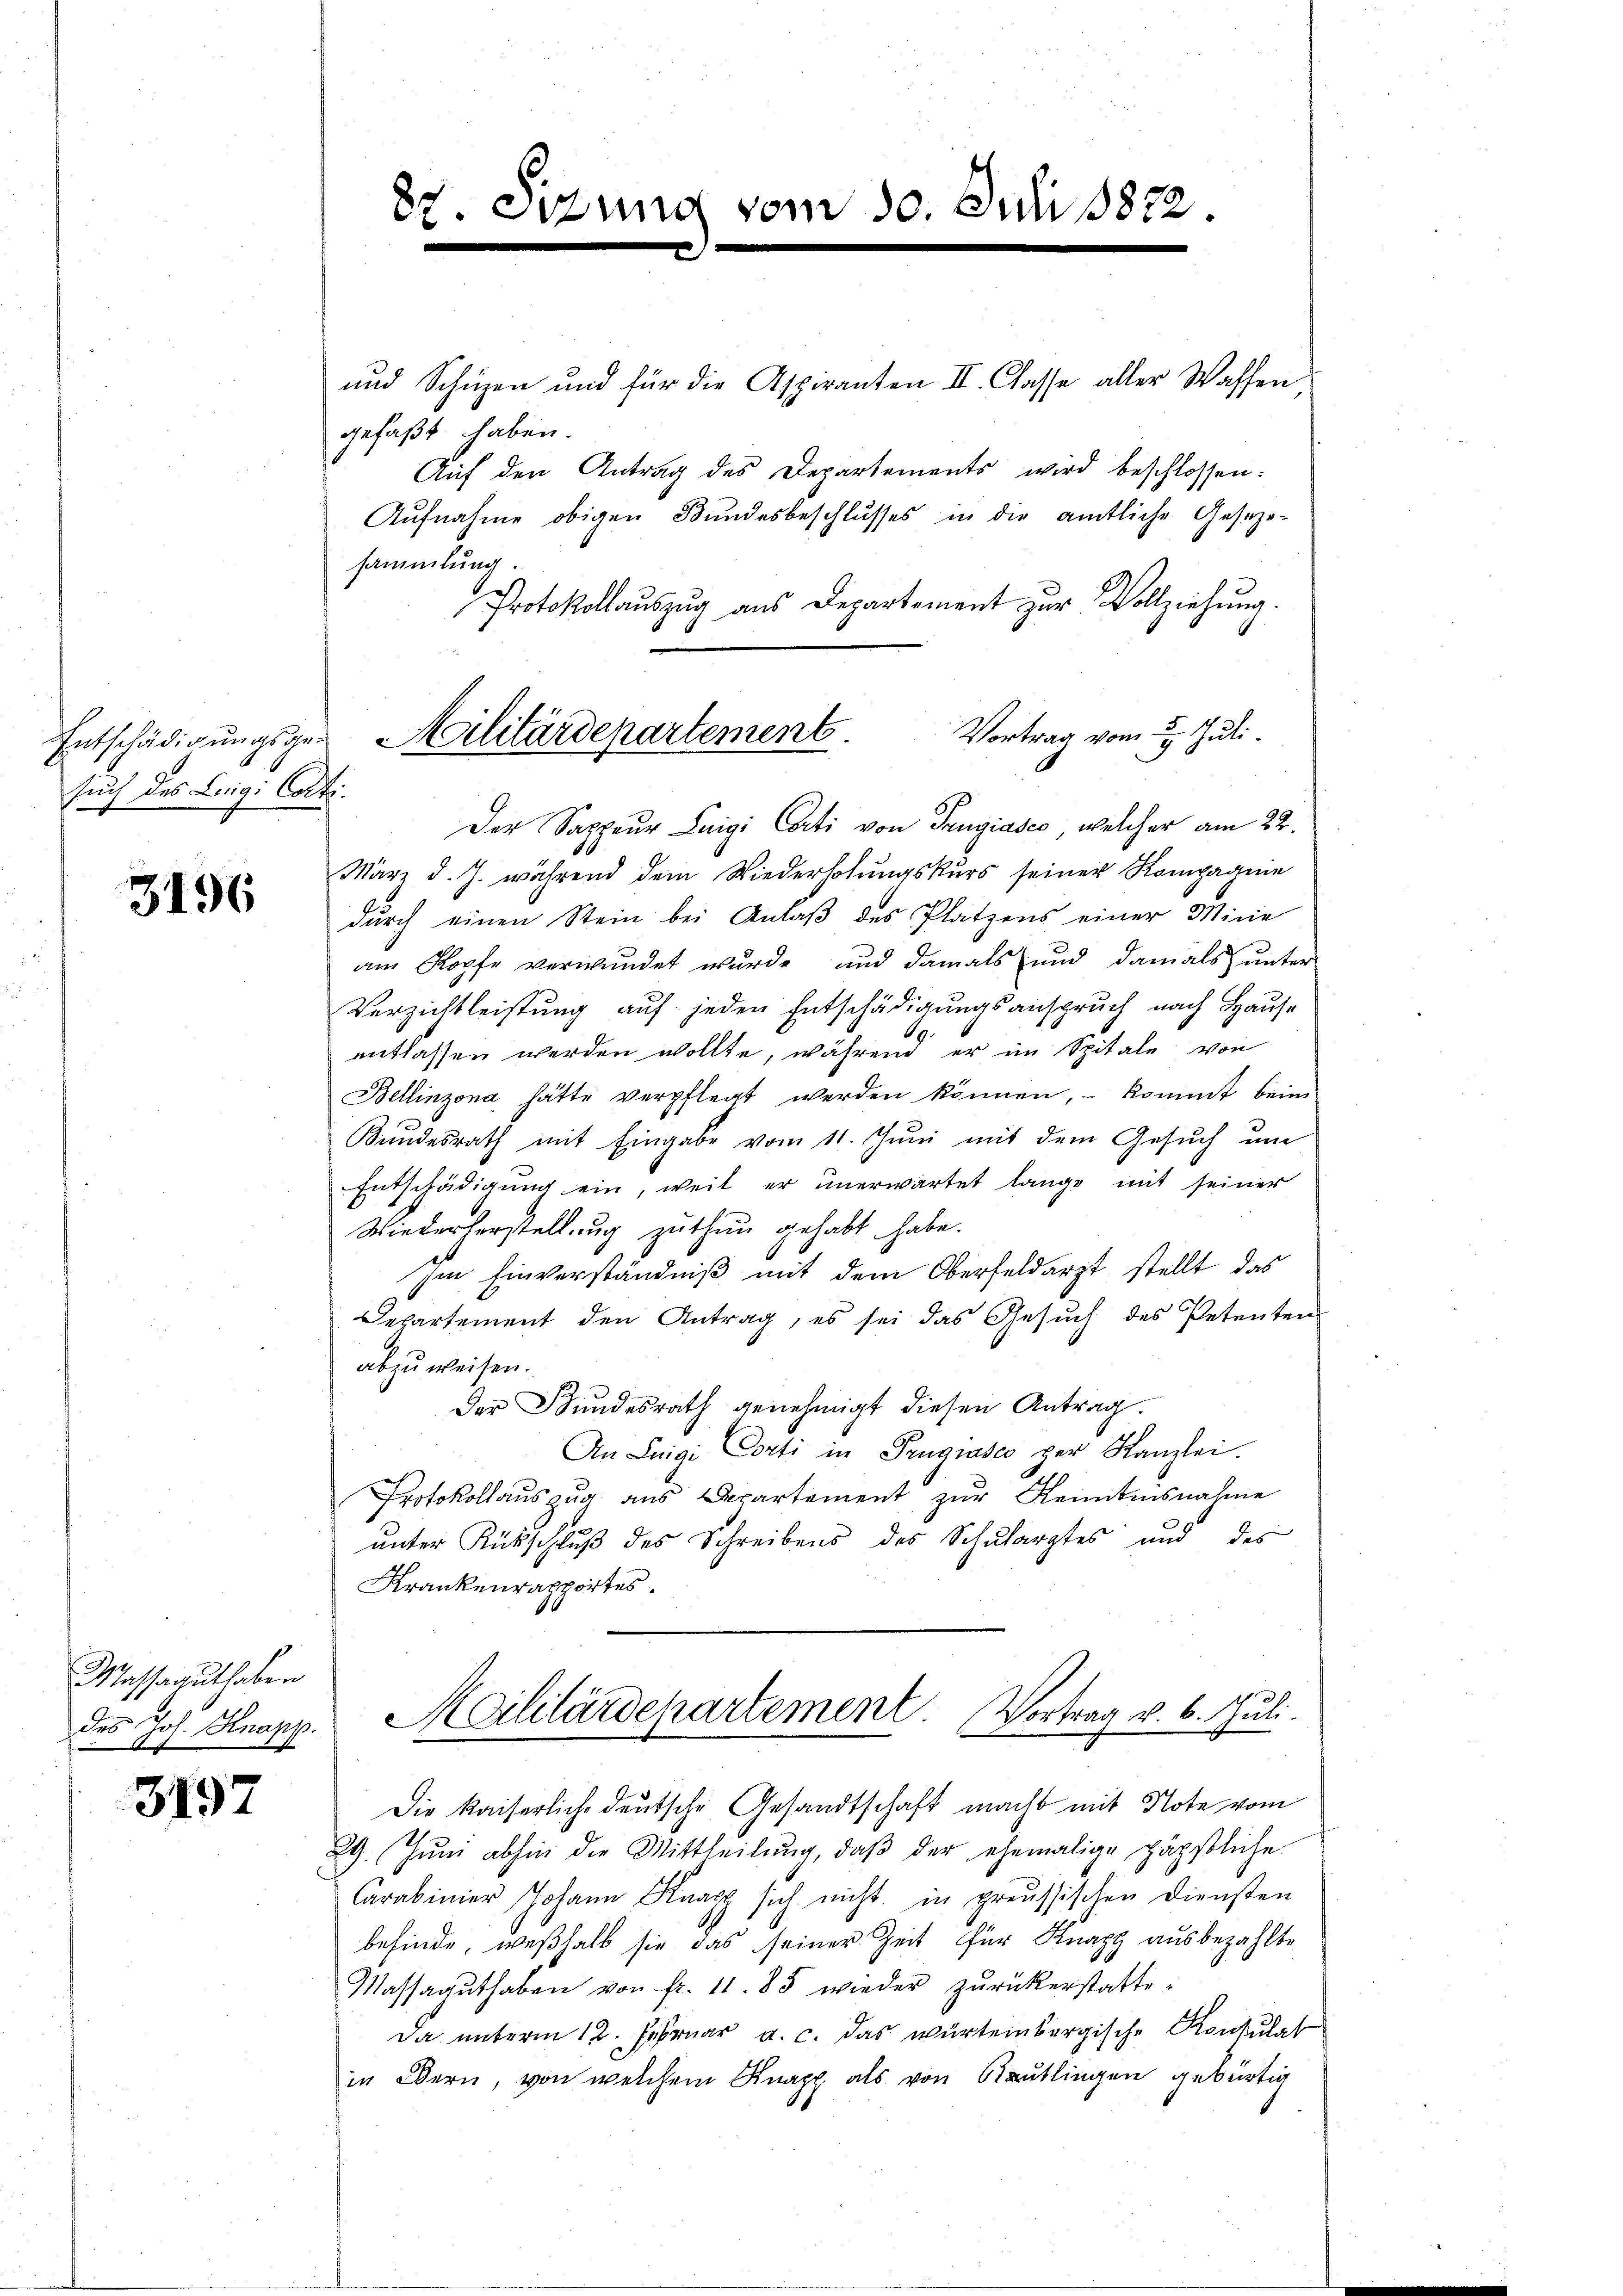
Entschädigungsgesuch des Luigi Cotti.

3196

Massaguthaben
des Joh. Knapp.

3197

und Schüzen und für die Aspiranten II. Classe aller Waffen
gefaßt haben.
Auf den Antrag des Departements wird beschlossen:
Aŭfnahme obigen Bundesbeschlusses in die amtliche Geseze-
sammlung
Protokollauszug aus Departement zur Vollziehung.
Vortrag vom 2. Juli
Der Sappeur Luigi Carti von Trugiasco, welcher am 22.
März d. J. während dem Wiederholungskurs seiner Kompagnie
dŭrch einen Stein bei Anlaβ des Plätzens einer Mine
am Kopfe verwundet wurde und damals und damals unter
Verzichtleistung auf jeden Entschädigungsanspruch nach Hause
entlassen werden wollte, während er im Spitale von
Bellinzona hätte verpflegt werden können, kommt beim
Bundesrath mit Eingabe vom 11. Juni mit dem Gesuch um
Entschädigung ein, weil er unerwartet lange mit seiner
Wiederherstellung zuthun gehabt habe.
Im Einverständniβ mit dem Oberfeldarzt stellt das
Departement den Antrag, es sei das Gesŭch des Petenten
abzuweisen.
Der Bundesrath genehmigt diesen Antrag
An Luigi Conti in Prugiasco der Kanzlei.
Protokollauszug aus Departement zur Kenntnisnahme
unter Rückschluß des Schreibens des Schularztes und des
Krankenrapportes
Moililärdepartement Vortrag v. 6. Juli.
Die kaiserliche deutsche Gesandtschaft macht mit Note vom
29. Jŭm abhin die Mittheilŭng, daβ der ehemalige päpstliche
Carabimier Johann Knapp sich nicht in preussischen Diensten
befinde, weßhalb sie das seiner Zeit für Knapp ausbezahlte
Massagŭthaben von fr. 11. 85 wieder zŭrückerstatte-
Da unterm 12. Februar a. c. das würtembergische Konsulat
in Bern, von welchem Knapp als von Reutlingen gebürtig

87. Sizung vom 30. Juli 1822.

Militärdepartement.